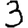
Digit: 3